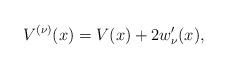
LaTeX: \begin{align*} V^{( \nu) }(x)=V(x)+2w_{\nu }^{\prime }(x), \end{align*}